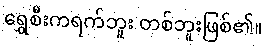
ရွှေစီးကရက်ဘူး တစ်ဘူးဖြစ်၏။